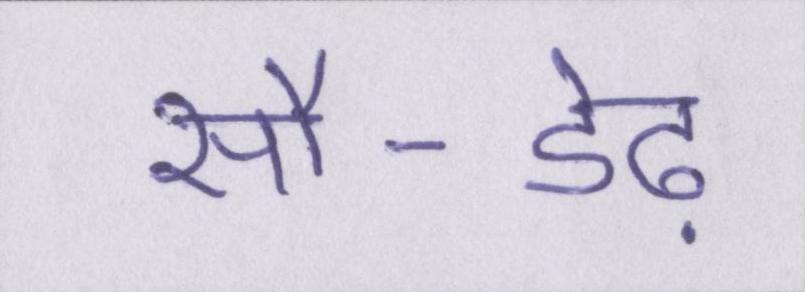
सौ-डेढ़